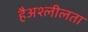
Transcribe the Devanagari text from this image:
हैअश्लीलता